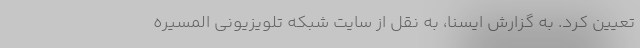
تعیین کرد. به گزارش ایسنا، به نقل از سایت شبکه تلویزیونی المسیره